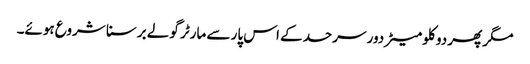
مگر پھر دو کلو میٹر دور سرحد کے اس پار سے مارٹر گولے برسنا شروع ہوئے۔